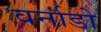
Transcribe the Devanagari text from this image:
वर्नाडो